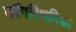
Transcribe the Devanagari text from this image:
लॉगरिथमिका